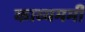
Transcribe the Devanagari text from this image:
काव्यमर्मी